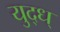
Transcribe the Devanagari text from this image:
युद्ध्